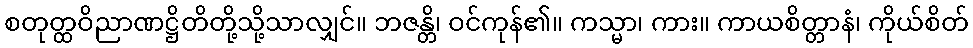
စတုတ္ထဝိညာဏဋ္ဌိတိတို့သို့သာလျှင်။ ဘဇန္တိ၊ ဝင်ကုန်၏။ ကသ္မာ၊ ကား။ ကာယစိတ္တာနံ၊ ကိုယ်စိတ်